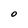
Character: O